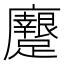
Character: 𨇭